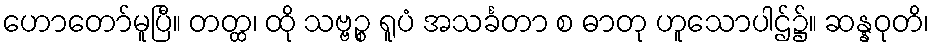
ဟောတော်မူပြီ။ တတ္ထ၊ ထို သဗ္ဗဉ္စ ရူပံ အသင်္ခတာ စ ဓာတု ဟူသောပါဌ်၌။ ဆန္နဝုတိ၊